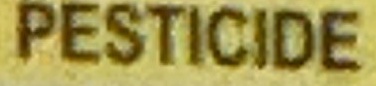
PESTICIDE